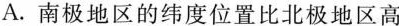
A.南极地区的纬度位置比北极地区高